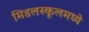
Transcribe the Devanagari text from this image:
मिडलस्कूलमध्ये